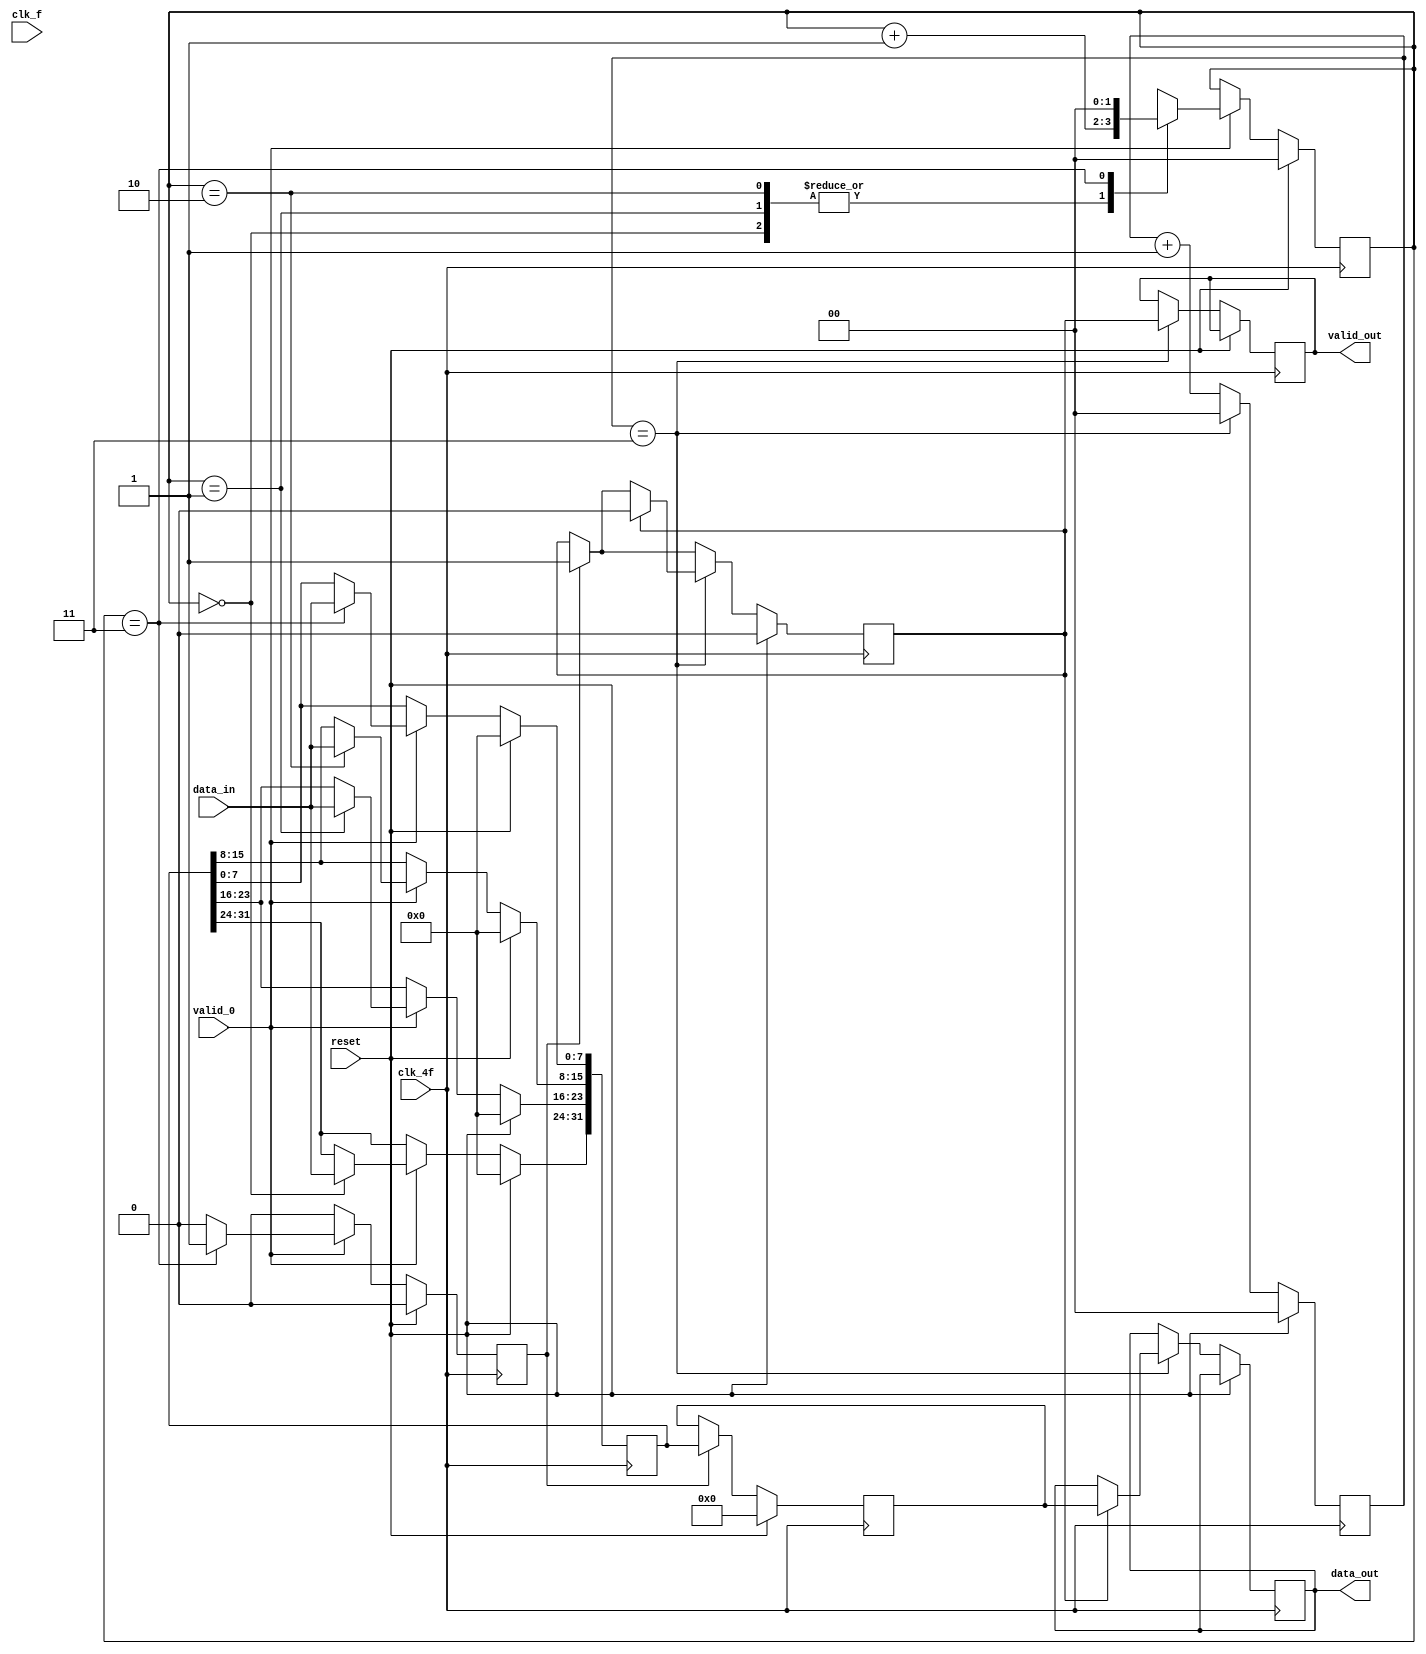
module paso8bto32b(
            input               clk_f, clk_4f,
            input       [7:0]   data_in,
            input               valid_0,
            input               reset,
            output reg          valid_out,
            output reg  [31:0]  data_out);

    reg [31:0] valorTrans;
    reg [31:0] valorTrans2;
    reg [1:0] selector;
    reg [1:0] contador_clk;
    reg validTemp;
    reg validTemp2;

    always @ (posedge clk_4f) begin
        if (reset) begin
            selector <= 0;
            valorTrans <= 0;
            valorTrans2 <= 0;
            validTemp <= 0;
            validTemp2 <= 0;
            contador_clk <= 0;
        end
        else begin
            if (validTemp) begin
                valorTrans2 <= valorTrans;
                validTemp <= 0;
                validTemp2 <= 1;
            end

            if (valid_0) begin
                case(selector)
                    0: begin
                        selector <= selector + 1;
                        valorTrans[31:24] <= data_in;
                    end
                    1: begin
                        selector <= selector + 1;
                        valorTrans[23:16] <= data_in;
                    end
                    2: begin
                        selector <= selector + 1;
                        valorTrans[15:8] <= data_in;
                    end
                    3: begin
                        valorTrans[7:0] <= data_in;
                        validTemp <= 1;
                        selector <= 0;
                    end
                endcase
            end

            if (contador_clk == 3) begin
                contador_clk <= 0;
                valid_out <= validTemp2;
                if (validTemp2 == 1) begin
                    data_out <= valorTrans2;
                    validTemp2 <= 0;
                end
            end
            else begin
                contador_clk <= contador_clk + 1;
            end
        end
    end

endmodule